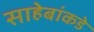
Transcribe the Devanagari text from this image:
साहेबांकडे